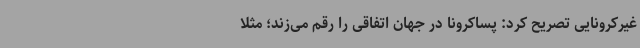
غیرکرونایی تصریح کرد: پساکرونا در جهان اتفاقی را رقم می‌زند؛ مثلا